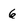
Character: 6